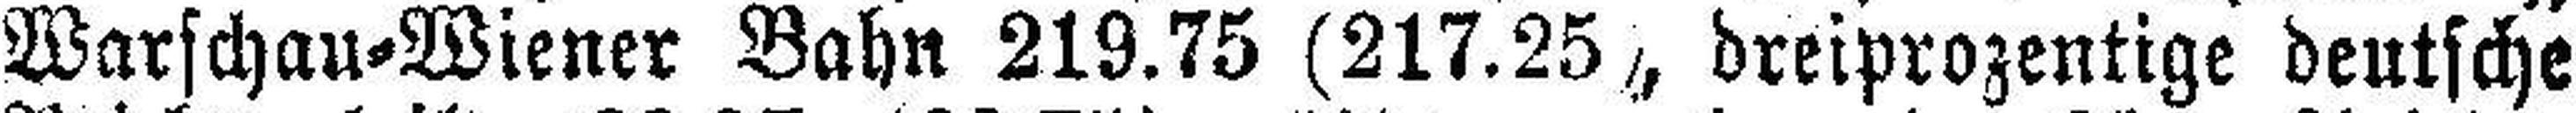
Warschau=Wiener Bahn 219.75 (217.25), dreiprozentige deutsche